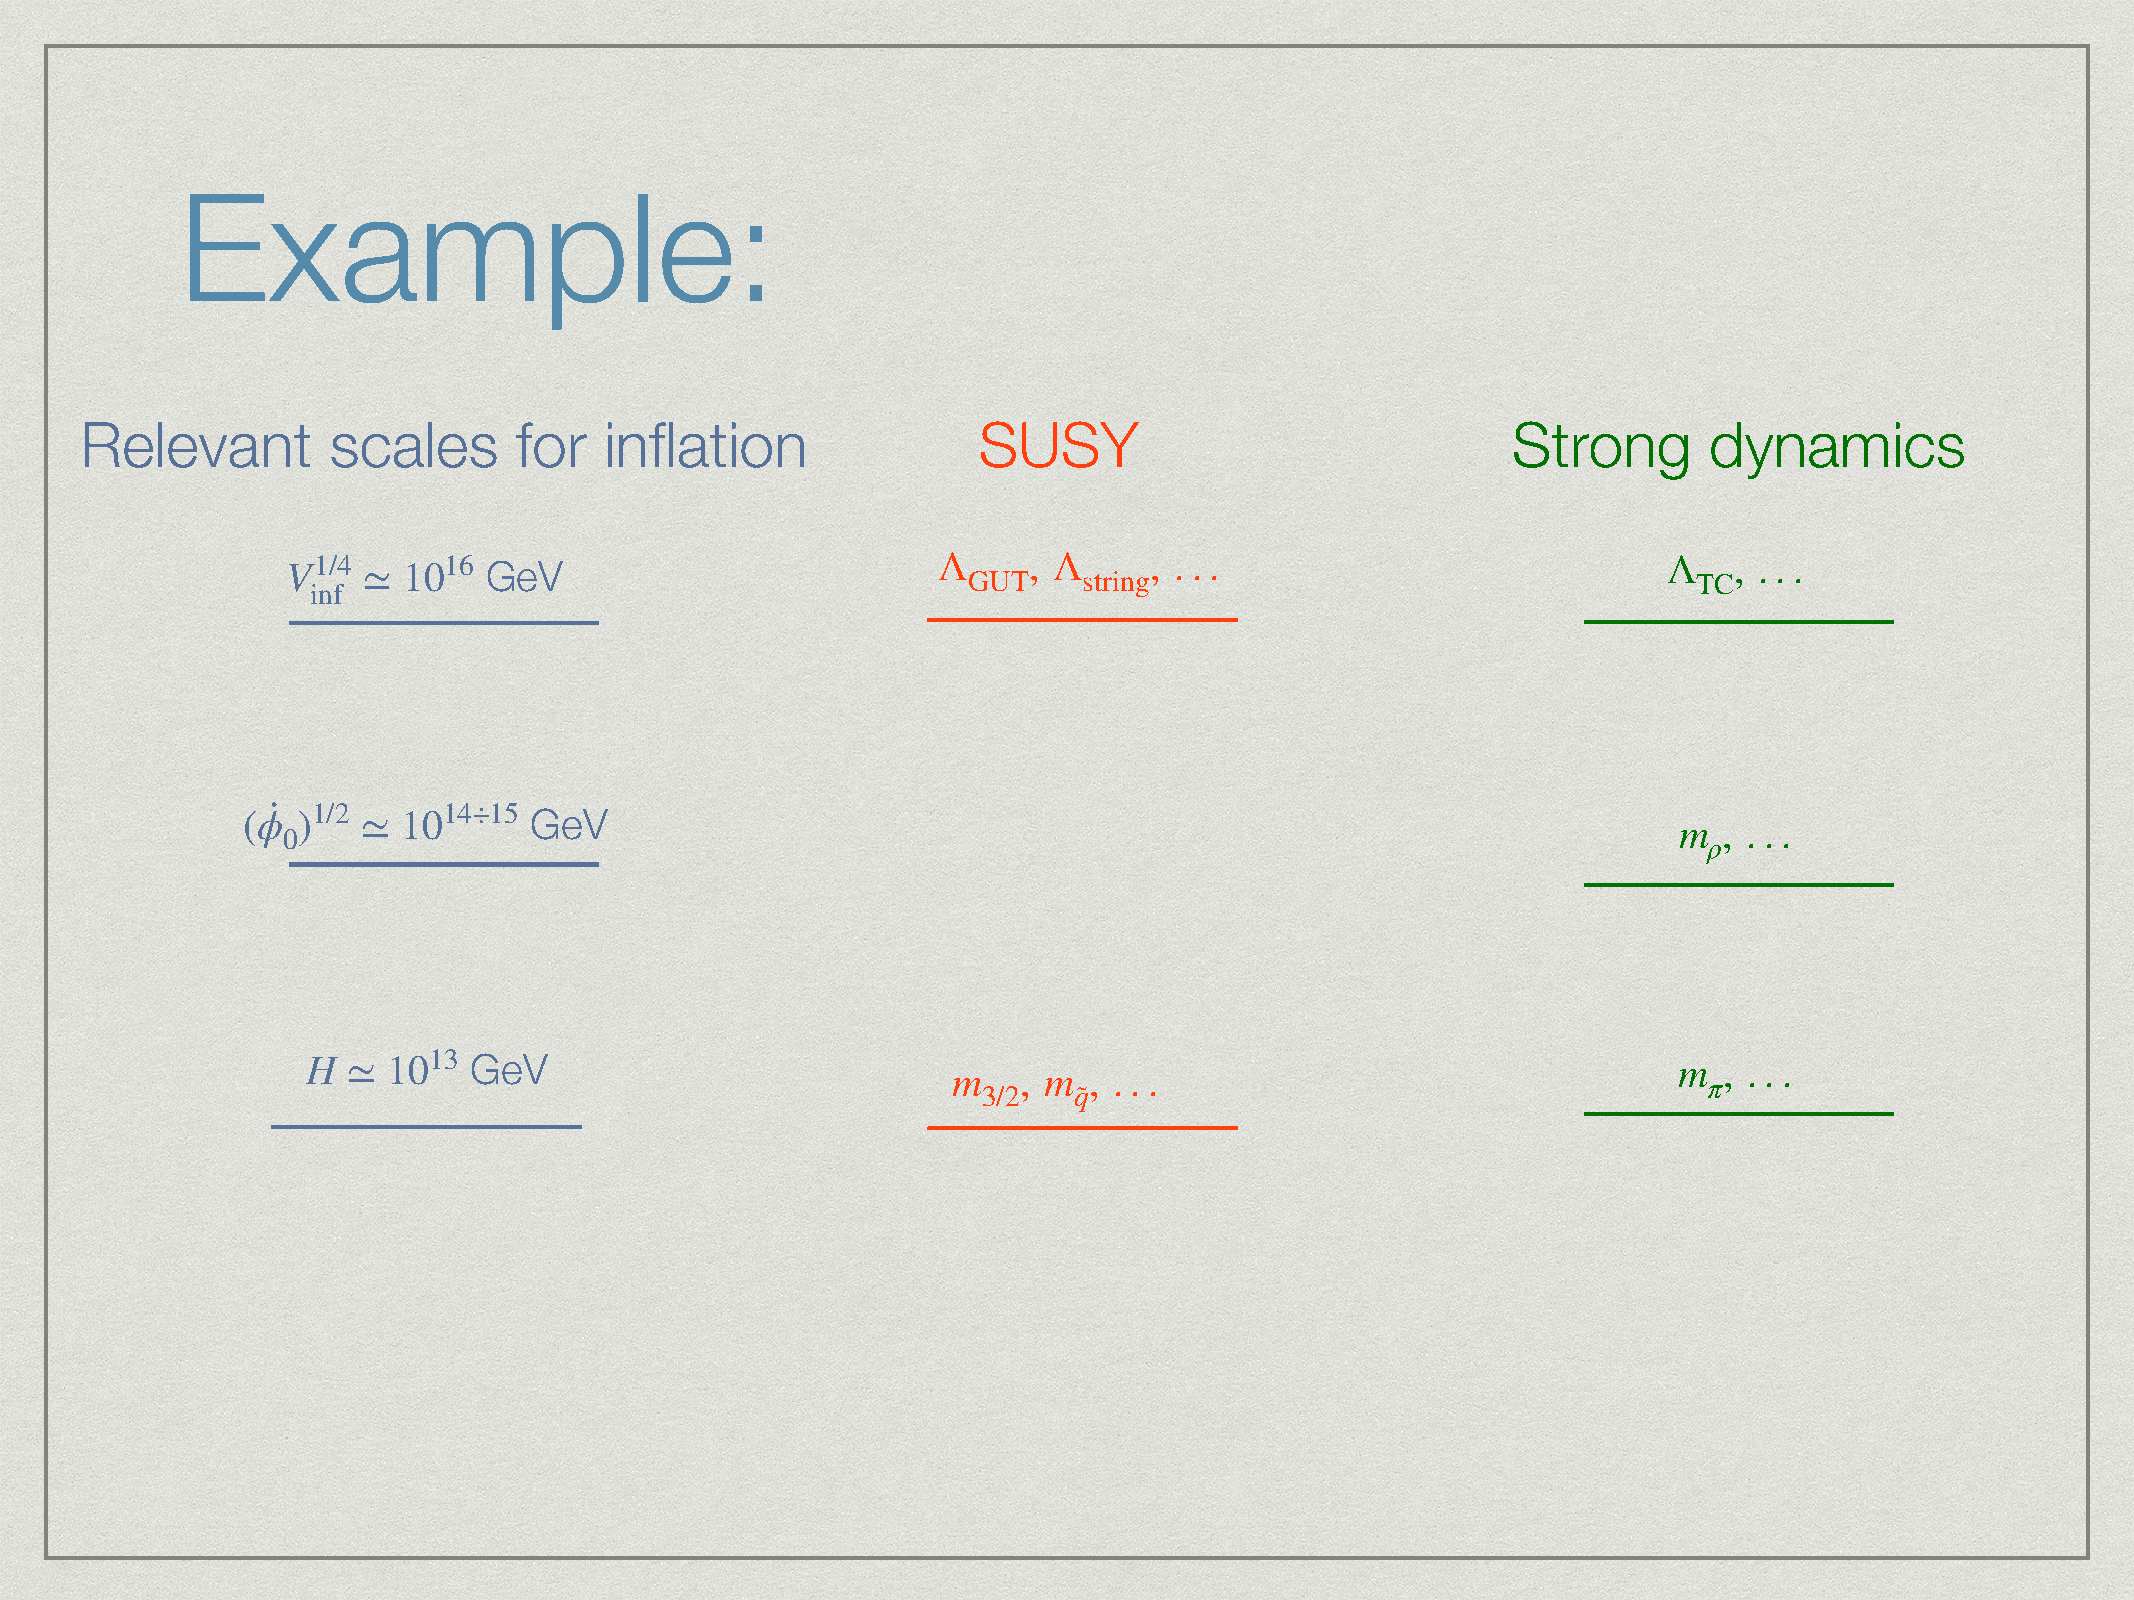
Example:
 Relevant         scales      for   inflation                SUSY                               Strong       dynamics
 V1/4
 ≃
 1016 GeV                           Λ     , Λ     , . . .                           Λ    , . . .
 GUT     string                                  TC
 inf
 ·
 (ϕ  )1/2 ≃ 1014÷15 GeV                                                                         m  , . . .
 0                                                                                             ρ
 H  ≃  1013 GeV                             m   , m  , . . .                                m π, . . .
 3/2   q˜